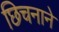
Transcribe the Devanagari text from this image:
छिचनाने